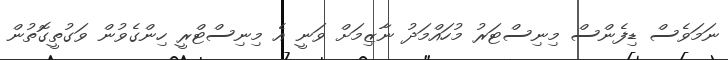
ނަމަވެސް ޑިފެންސް މިނިސްޓަރު މުހައްމަދު ނާޒިމަށް ވަނީ އެ މިނިސްޓްރީ ހިންގެވުން ވަގުތީގޮތުން